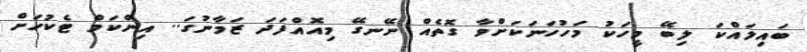
ބައިލައްކަ ލިބޭ މީހަކު މަހުހަނަކަށްވާ ގޮތެއް ނޭނގޭ މިއޮއްފަދަ ޒަމާނުގަ.. އިންކަމް ޓެކުހަށް